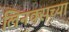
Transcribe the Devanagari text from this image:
लिनक्सच्या